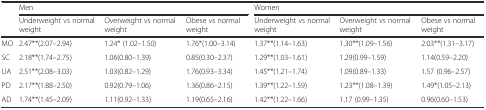
| <ROWSPAN=2>  | <COLSPAN=3> Men | <COLSPAN=3> Women |
 | Underweight vs normal weight | Overweight vs normal weight | Obese vs normal weight | Underweight vs normal weight | Overweight vs normal weight | Obese vs normal weight |
 | --- | --- | --- | --- | --- | --- | --- |
 | MO | 2.47**(2.07–2.94) | 1.24* (1.02–1.50) | 1.76*(1.00–3.14) | 1.37**(1.14–1.63) | 1.30**(1.09–1.56) | 2.03**(1.31–3.17) |
 | SC | 2.18**(1.74–2.75) | 1.06(0.80–1.39) | 0.85(0.30–2.37) | 1.29**(1.03–1.61) | 1.29(0.99–1.59) | 1.14(0.59–2.20) |
 | UA | 2.51**(2.08–3.03) | 1.03(0.82–1.29) | 1.76(0.93–3.34) | 1.45**(1.21–1.74) | 1.09(0.89–1.33) | 1.57 (0.96–2.57) |
 | PD | 2.17**(1.88–2.50) | 0.92(0.79–1.06) | 1.36(0.86–2.15) | 1.39**(1.22–1.59) | 1.23**(1.08–1.39) | 1.49*(1.05–2.13) |
 | AD | 1.74**(1.45–2.09) | 1.11(0.92–1.33) | 1.19(0.65–2.16) | 1.42**(1.22–1.66) | 1.17 (0.99–1.35) | 0.96(0.60–1.53) |